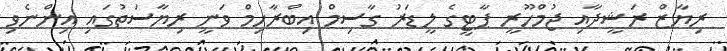
ރިޔާޒް ރަޝީދާއި ޖުމްހޫރީ ޕާޓީގެ ލީޑަރު ގާސިމް އިބްރާހިމް ވަނީ ރިޔާސަތުގައި އިންނެވި